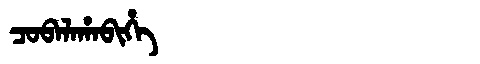
Manchu: ᠴᠣᠪᠠᠯᠠᡥᠠᠪᡳᡥᡝ
Romanization: COBALAHABIHE